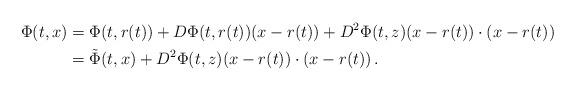
LaTeX: \begin{align*}\Phi(t,x)&= \Phi(t,r(t))+ D\Phi(t,r(t))(x-r(t))+D^2\Phi(t,z)(x-r(t))\cdot(x-r(t))\\&=\tilde\Phi(t,x)+D^2\Phi(t,z)(x-r(t))\cdot(x-r(t))\,.\end{align*}